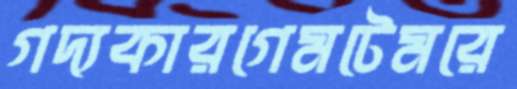
গদ্যকারগেমটেমরে